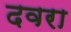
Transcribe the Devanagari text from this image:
दवरा